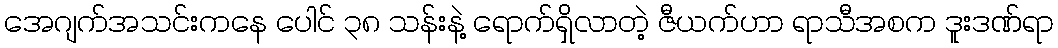
အေဂျက်အသင်းကနေ ပေါင် ၃၈ သန်းနဲ့ ရောက်ရှိလာတဲ့ ဇီယက်ဟာ ရာသီအစက ဒူးဒဏ်ရာ